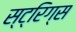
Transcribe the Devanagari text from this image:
स्ट्रिग्स